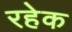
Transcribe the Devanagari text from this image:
रहेक